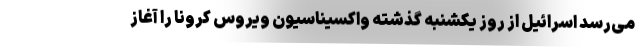
می‌رسد اسرائیل از روز یکشنبه گذشته واکسیناسیون ویروس کرونا را آغاز